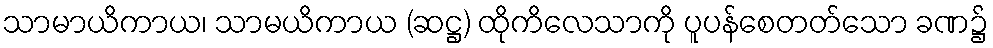
သာမာယိကာယ၊ သာမယိကာယ (ဆဋ္ဌ) ထိုကိလေသာကို ပူပန်စေတတ်သော ခဏ၌